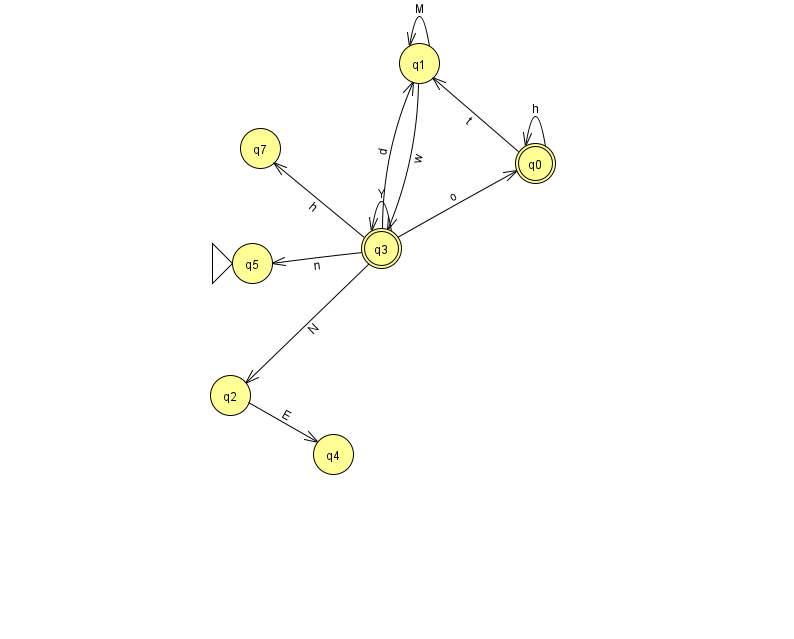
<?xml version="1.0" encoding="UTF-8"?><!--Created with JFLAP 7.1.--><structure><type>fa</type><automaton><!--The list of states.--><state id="0" name="q0"><x>535.0</x><y>150.0</y><final/></state><state id="1" name="q1"><x>419.0</x><y>50.0</y></state><state id="2" name="q2"><x>230.0</x><y>382.0</y></state><state id="3" name="q3"><x>381.0</x><y>235.0</y><final/></state><state id="4" name="q4"><x>333.0</x><y>441.0</y></state><state id="5" name="q5"><x>252.0</x><y>250.0</y><initial/></state><state id="7" name="q7"><x>260.0</x><y>135.0</y></state><!--The list of transitions.--><transition><from>2</from><to>4</to><read>E</read></transition><transition><from>0</from><to>0</to><read>h</read></transition><transition><from>3</from><to>5</to><read>n</read></transition><transition><from>3</from><to>1</to><read>d</read></transition><transition><from>3</from><to>3</to><read>Y</read></transition><transition><from>1</from><to>3</to><read>w</read></transition><transition><from>3</from><to>7</to><read>h</read></transition><transition><from>3</from><to>0</to><read>o</read></transition><transition><from>3</from><to>2</to><read>N</read></transition><transition><from>0</from><to>1</to><read>t</read></transition><transition><from>1</from><to>1</to><read>M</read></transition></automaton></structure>